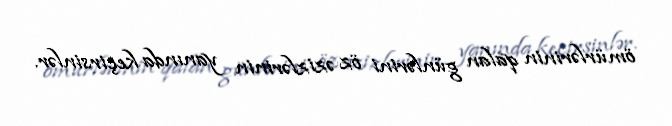
ömürlərinin qalan günlərini öz əzizlərinin yanında keçirsinlər.